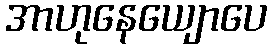
အာဟုနေယျောပေ